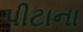
પીટાના